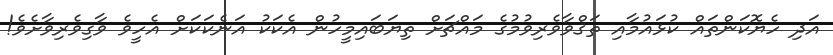
އަދި ހެޔޮކަންތައް ކުޅައުމާއި ތަޤްވާވެރިވުމުގެ މައްޗަށް ތިޔަބައިމީހުން އެކަކު އަނެކަކަށް އެހީވެ ވާގިވެރިވާށެވެ!